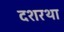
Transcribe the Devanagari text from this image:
दशरथा